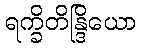
ရက္ခိတိန္ဒြိယော